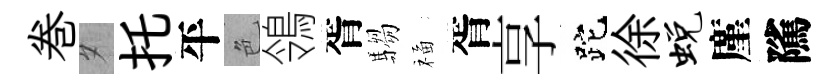
巻夕托平色鴒胥騶福胥享跎徐蜕廑隲